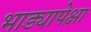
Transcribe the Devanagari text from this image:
भाड्यापेक्षा